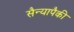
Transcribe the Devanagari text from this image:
सैन्यापैकी